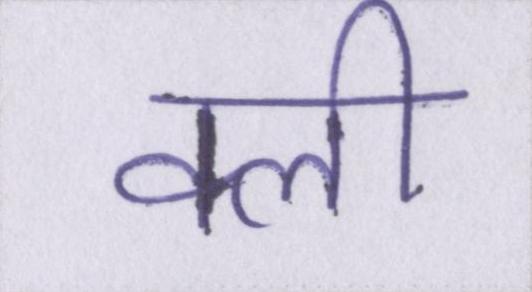
क्ली